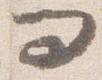
問